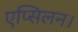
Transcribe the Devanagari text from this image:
एप्सिलन।